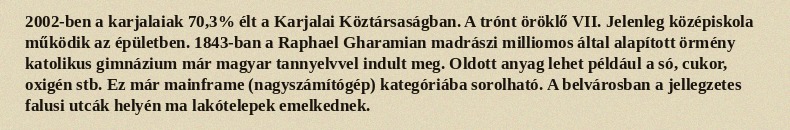
2002-ben a karjalaiak 70,3% élt a Karjalai Köztársaságban. A trónt öröklő VII. Jelenleg középiskola működik az épületben. 1843-ban a Raphael Gharamian madrászi milliomos által alapított örmény katolikus gimnázium már magyar tannyelvvel indult meg. Oldott anyag lehet például a só, cukor, oxigén stb. Ez már mainframe (nagyszámítógép) kategóriába sorolható. A belvárosban a jellegzetes falusi utcák helyén ma lakótelepek emelkednek.